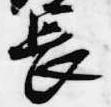
長